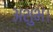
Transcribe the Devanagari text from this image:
अशुभ।